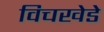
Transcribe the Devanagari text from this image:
विचखेडे